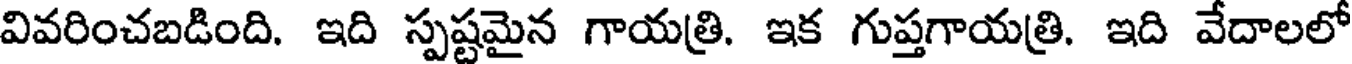
వివరించబడింది. ఇది స్పష్టమైన గాయత్రి. ఇక గుప్తగాయత్రి. ఇది వేదాలలో